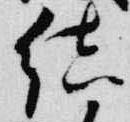
結